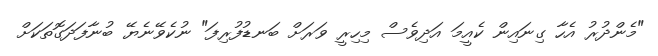
"މެންދުރު އެހާ ގިނައިން ކެއީމަ އަދިވެސް މިހިރީ ވަރަށް ބަނޑުފުރިފަ" ނުކެވޭނެޔޭ ބުނާފަދަގޮތަކަށް